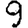
Digit: 9